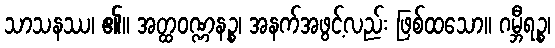
သာသနဿ၊ ၏။ အတ္ထဝဏ္ဏနဉ္စ၊ အနက်အဖွင့်လည်း ဖြစ်ထသော။ ဂမ္ဘီရဉ္စ၊